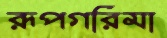
রূপগরিমা